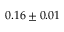
0 . 1 6 \pm 0 . 0 1